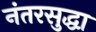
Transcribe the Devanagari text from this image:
नंतरसुद्धा